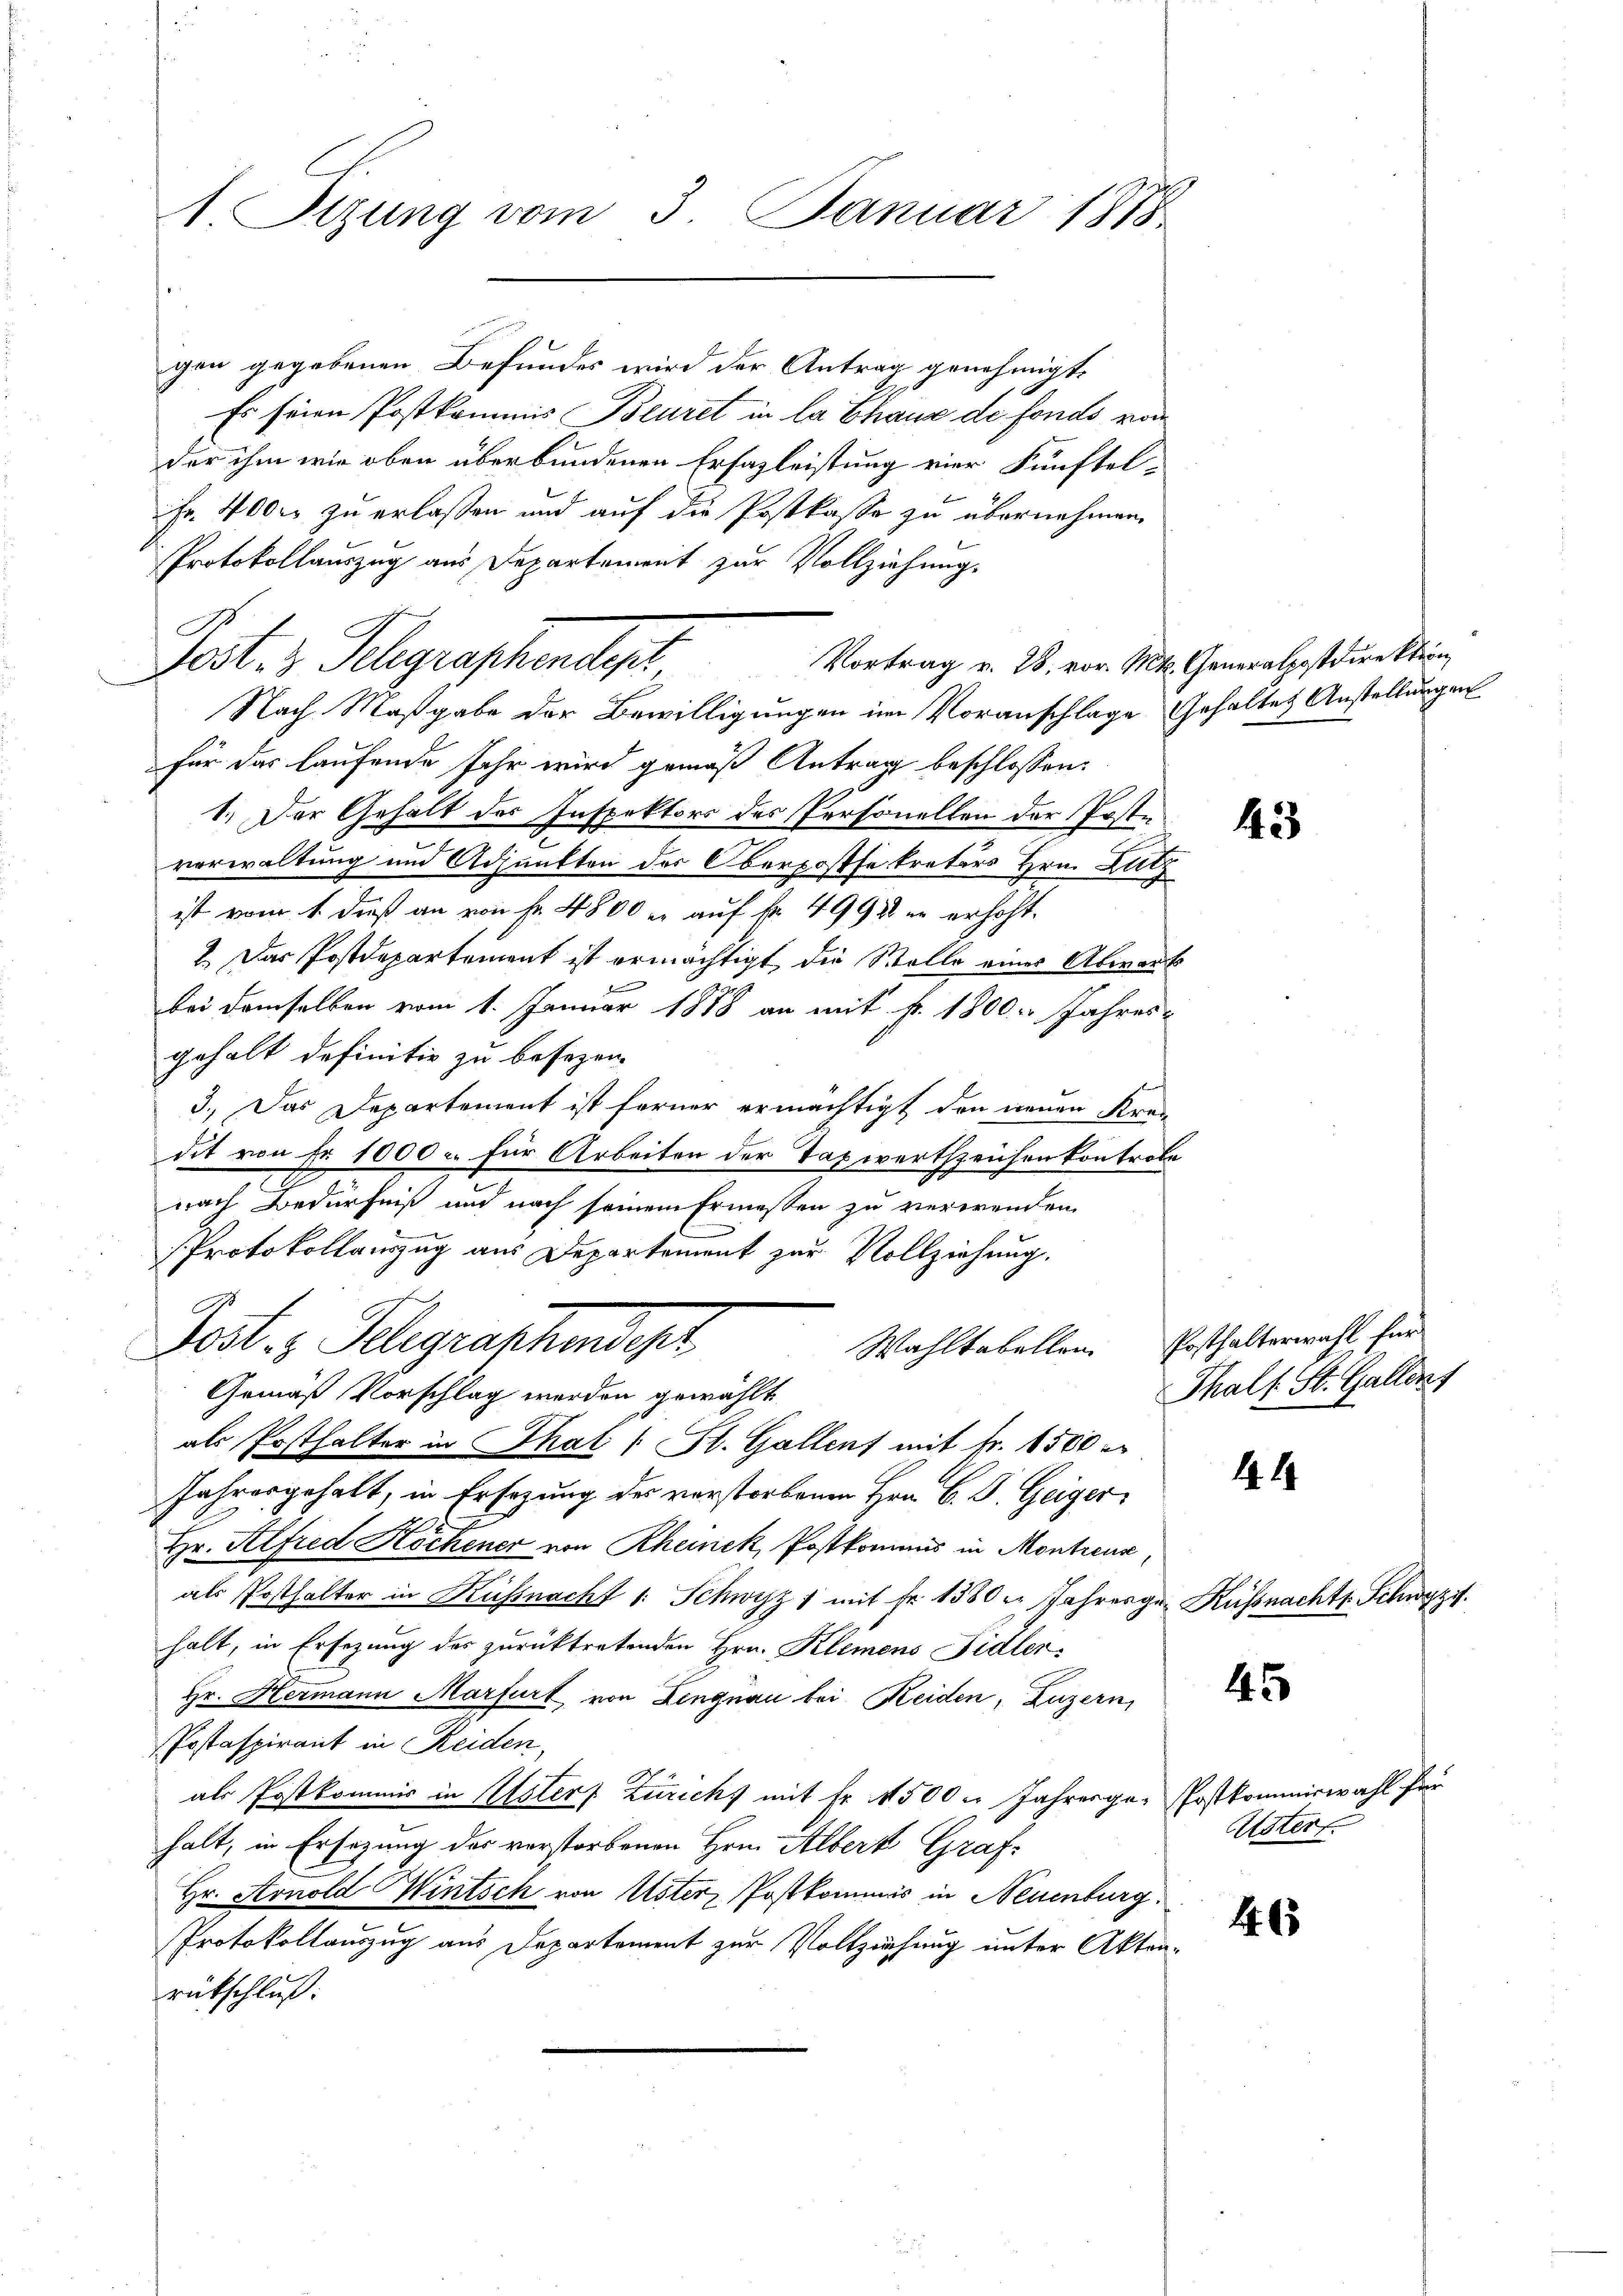
1 Sizung vom 3. Januar 1888

gen gegebenen Befundes wird der Antrag genehmigt.
Es seien Postkommis Beuret in la Chaus de fonds von
der ihm wie oben überbundenen Erfazleistung vier Fünftel-
Fr. 4000 zu erlassen und auf die Postkasse zu übernehmen,
Protokollauszug aus Departement zur Vollziehung.
Vortrag v. 28. vor. Mt. Generalpostdirektion
Nach Maßgabe der Bewilligungen im Voranschlage Gehaltes Anstellungen
für das laufende sehr wird gemäß Antrag beschlossen:
1.) Der Gehalt des Inspektors des Personellen der Postevorwaltung und Adjunkten des Oberpostsekreters Hrn. Lutz
ist vom 1. dieß an von fr. 4800 er auf Nr. 4992 er erhöht.
2. Das Postdepartement ist ermächtigt, die Stolle einer Abwart
bei demselben vom 1. Januar 1878 an mit fr. 1800. Jahres-
gehalt definitiv zu besezen.
3.) Das Departement ist ferner ermächtigt den neuen Krei
dit von Fr. 1000 u. für Arbeiten der Taxwertszeichen kontrole
nach Bedürfniß und nach seinem Ermessen zu verwenden,
Protokollauszug aus Departement zur Vollziehung.
g
Wahltabellen Posthalterwahl für
Post- & Gelegraphendept
Gemäß Vorschlag werden gewählt
als Posthalter in Thal (: St. Gallent mit Fr. 1500 r
Jahresgehalt, in Ersezung des verstorbenen Hrn. B. P. Geiger
Hr. Alfred Höchener von Rheinek, Postkommis in Montreux,
als Posthalter in Küssnacht v. Schwyz 1 mit Fr. 1380 l. Jahresgr. Küssnacht. Schwyz.
halt, in Ersezung des zurücktretenden Hrn. Klemens Fidlen¬
Hr. Hermann Marfurt von Lengnau bei Reiden, Luzern,
Postaspirant in Reiden,
als Postkommis in Usters Zurichs mit Nr. 1500 u. Jahresge-Postkommiswahl für
halt, in Ersezung des verstorbenen Hrn. Albert Graf-
Hr. Arnold Wintsch von Uster, Postkommis in Neuenburg
Protokollauszug aus Departement zur Vollziehung unter Aktenrükschluß:

Post- & Schgraschendep

43

Thals St. Gallens

41

45

465

Uster